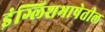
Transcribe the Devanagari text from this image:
इंग्लिशभाषेतील